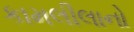
કામલીલાનો